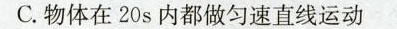
C物体在20s都做匀速直线运动